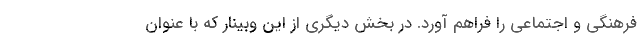
فرهنگی و اجتماعی را فراهم آورد. در بخش دیگری از این وبینار که با عنوان